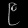
Digit: ၉